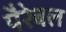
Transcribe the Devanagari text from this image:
पैरेबल